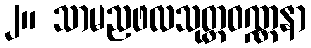
၂။ သာမညဖလသုတ္တဝဏ္ဏနာ